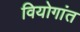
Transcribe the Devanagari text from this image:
वियोगांत